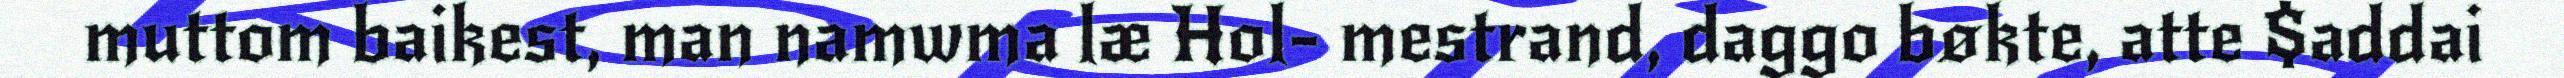
muttom baikest, man namwma læ Hol- mestrand, daggo bøkte, atte $addai